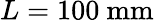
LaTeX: L=100\textrm{~mm}